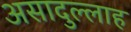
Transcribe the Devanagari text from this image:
असादुल्लाह